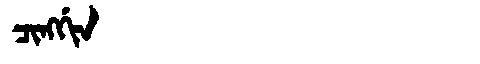
Manchu: ᠴᡳᠩᡤᡳᠨ
Romanization: CINGGIN